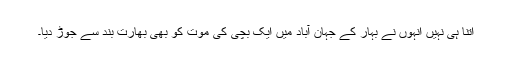
اتنا ہی نہیں انہوں نے بہار کے جہان آباد میں ایک بچی کی موت کو بھی بھارت بند سے جوڑ دیا۔